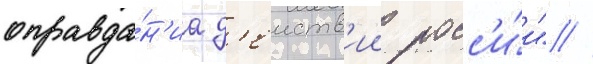
оправда́н'иа д'еиств'ии росс'и́и" //